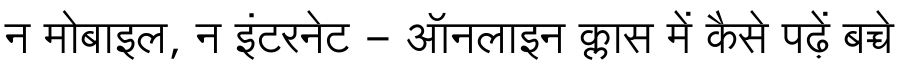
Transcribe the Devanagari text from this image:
न मोबाइल, न इंटरनेट - ऑनलाइन क्लास में कैसे पढ़ें बच्चे